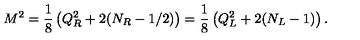
M ^ { 2 } = \frac { 1 } { 8 } \left( Q _ { R } ^ { 2 } + 2 ( N _ { R } - 1 / 2 ) \right) = \frac { 1 } { 8 } \left( Q _ { L } ^ { 2 } + 2 ( N _ { L } - 1 ) \right) .